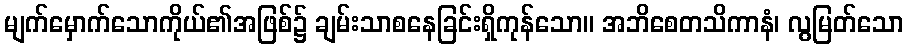
မျက်မှောက်သောကိုယ်၏အဖြစ်၌ ချမ်းသာစနေခြင်းရှိကုန်သော။ အဘိစေတသိကာနံ၊ လွမြတ်သော